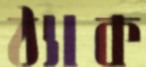
ঠ্যাক